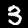
Label: 3